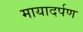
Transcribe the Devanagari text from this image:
मायादर्पण